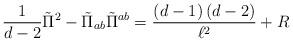
LaTeX: \begin{align*}\frac{1}{d-2}\tilde{\Pi}^{2}-\tilde{\Pi}_{ab}\tilde{\Pi}^{ab}=\frac{\left(d-1\right) \left( d-2\right) }{\ell ^{2}}+R \end{align*}